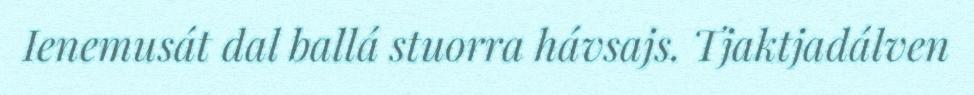
Ienemusát dal ballá stuorra hávsajs. Tjaktjadálven